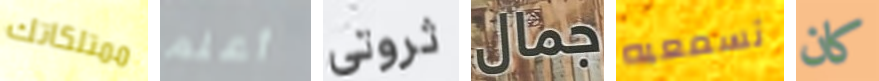
ممتلكاتك أعلم ثروتي جمال تسمعيه كان